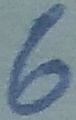
Text: 6